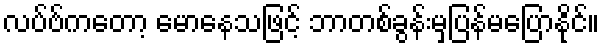
လပ်ဗ်ကတော့ မောနေသဖြင့် ဘာတစ်ခွန်းမှပြန်မပြောနိုင်။